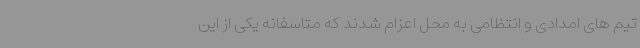
تیم های امدادی و انتظامی به محل اعزام شدند که متاسفانه یکی از این